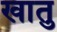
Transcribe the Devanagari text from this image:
खातु